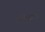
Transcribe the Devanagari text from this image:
हास्यक्लबचे